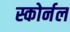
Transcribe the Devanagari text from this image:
स्कोर्नल